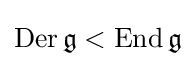
\operatorname {Der} {\mathfrak {g}}<\operatorname {End} {\mathfrak {g}}